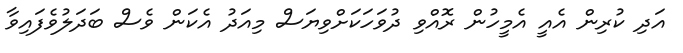
އަދި ކުރިން އެއީ އެމީހުން ރޮއްވި ދުވަހަކަށްވިޔަސް މިއަދު އެކަން ވެސް ބަދަލުވެފައިވާ